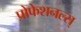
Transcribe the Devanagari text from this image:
प्रोफेशनल्स्